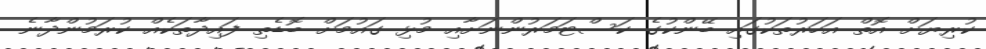
ކުރިޔަށް އޮތް އަހަރުތަކުގައި ބޭންކުގެ ކަސްޓަމަރުންނަށާއި މުޅި ގައުމަށް ބޮޑެތި ފައިދާތަކެއް ކުރަމުންދާނެ